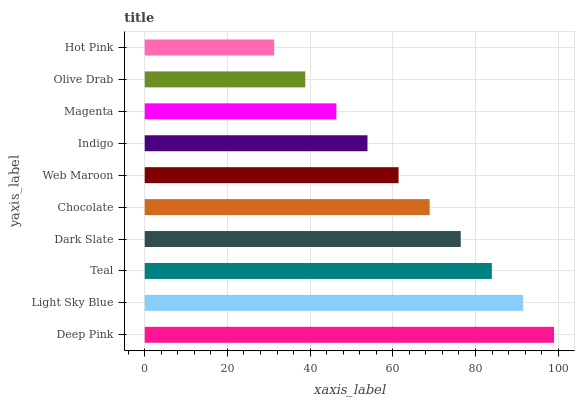
| yaxis_label | bars |
 | --- | --- |
 | Deep Pink | 99 |
 | Light Sky Blue | 91.5 |
 | Teal | 84 |
 | Dark Slate | 76.4 |
 | Chocolate | 68.9 |
 | Web Maroon | 61.4 |
 | Indigo | 53.9 |
 | Magenta | 46.4 |
 | Olive Drab | 38.8 |
 | Hot Pink | 31.3 |